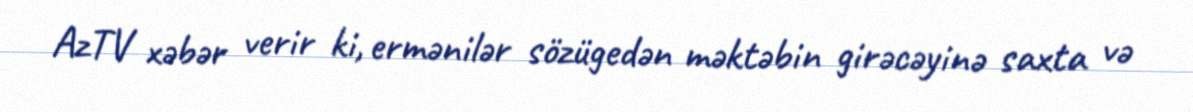
AzTV xəbər verir ki, ermənilər sözügedən məktəbin girəcəyinə saxta və